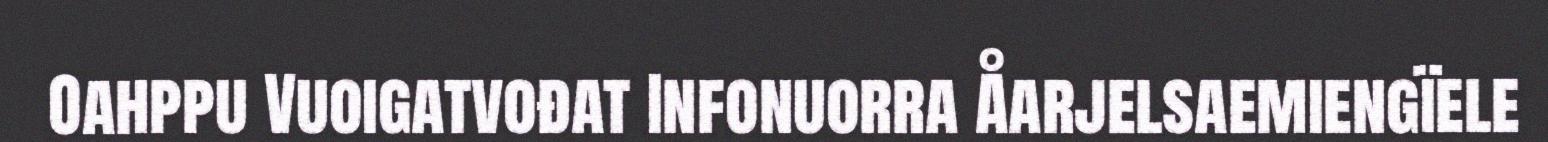
Oahppu Vuoigatvođat Infonuorra Åarjelsaemiengïele